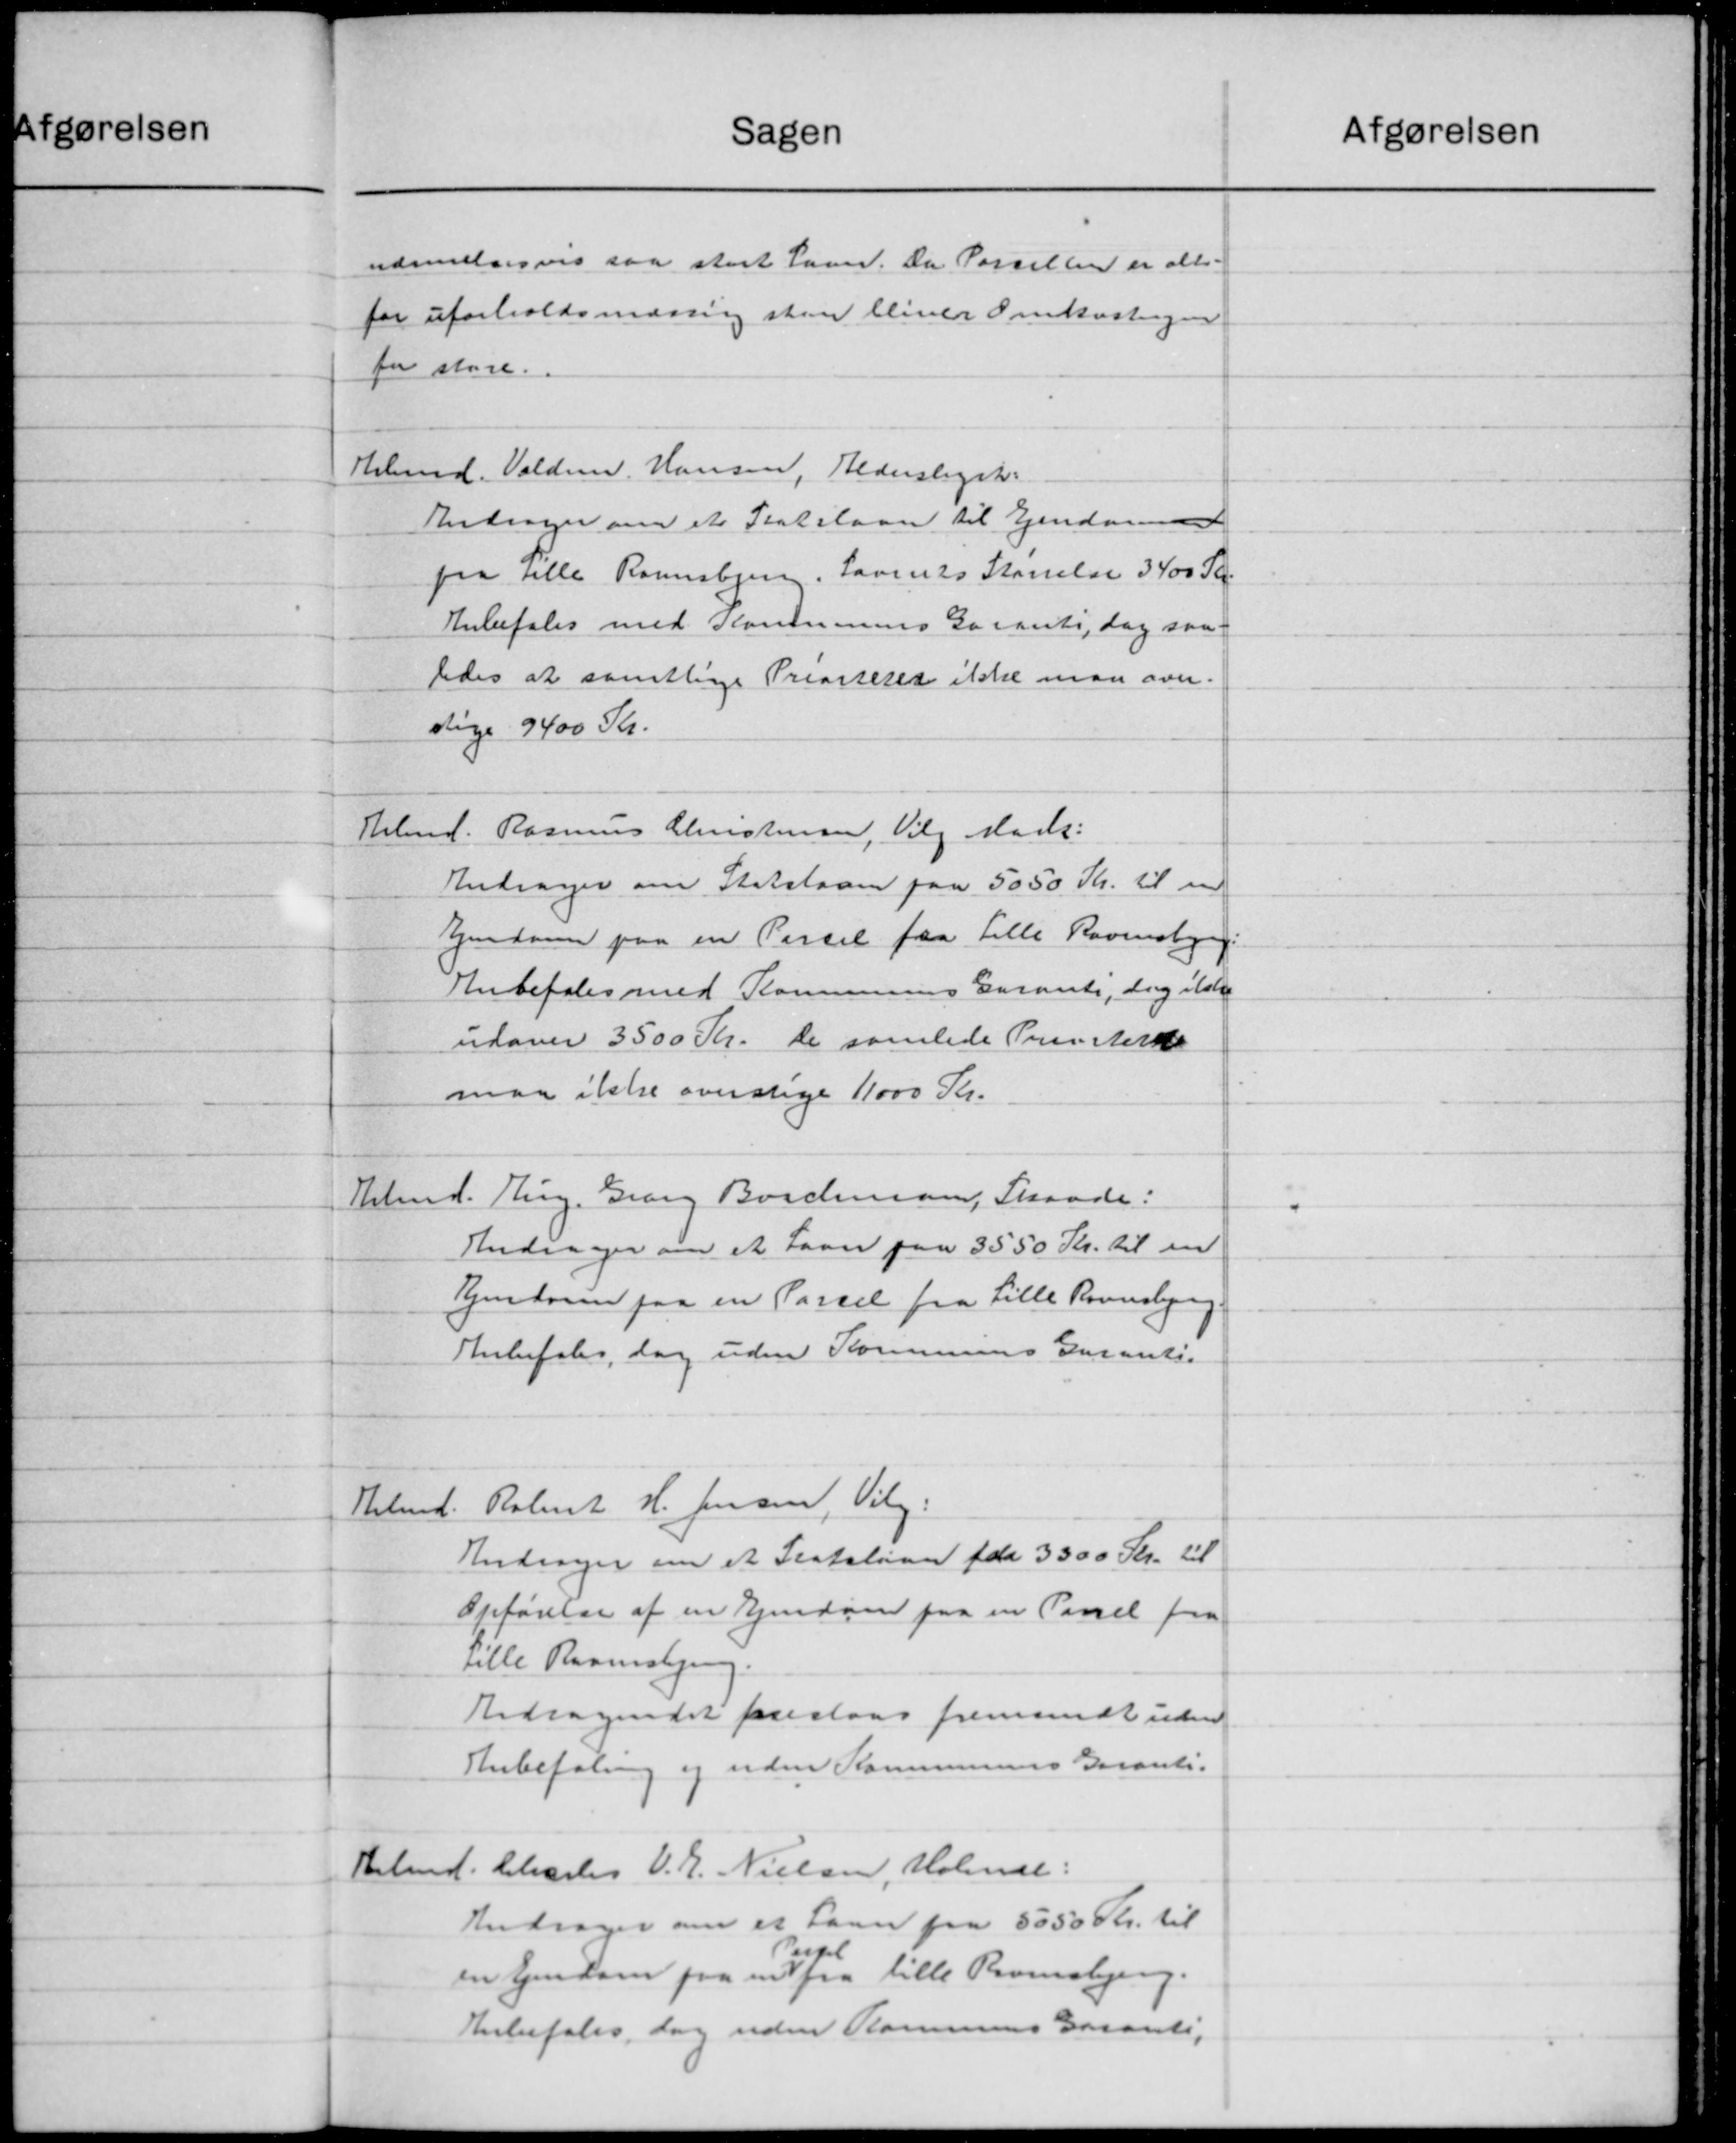
Transskription:
Sagen
nærmelsesvis saa stort Sam. Da Parsellen er alle-
for uforholdsmæssing sten bliver Omkostningen
for store.
Hebmd. Valdem. Hansen, Alderslyst.
Andrager om et Statslaan til Ejendom
paa alle Raunsbjerg. Lovens Størrelse 3400 Kr.
Anbefales med Kommunes Garante, dog saa
ledes at samtlige Presseret ikke man over-
dige 9400 Kr.
Hibmd. Rasmus Christensen, Valg Mads:
Andrager om Statslaan paa 5050 Kr. til en
Ejendom paa en Parsel fra Lille Ravnsberg:
Anbefales med Kommunens Eurante, dog ikke
udover 3500 Kr. de samlede Pris Ark
maa ikke overstige 11000 Kr.
Kbmd. Rung. Georg Borchmann, Skaade:
Andrager om et Laan paa 3550 Kr. til en
Ejendom paa en Parsel fra Lille Ravnsbjerg
Anbefales, dog uden Kommunens Garanti-
Rolent H. Jensen, Vilg.
Bebmd.
Andrager om et Statslaan fra 3300 Kr. til
Opførelse af en Ejendom paa en Parcel fra
rille Raunsbjerg
Adragendet foreslaas fremsendt uden
Anbefaling og uden Kommunens Garanti-
Arbmd. Charles V. E. Nielsen, Holmse:
Andrager om et Laan paa 5050 Kr. til
en Ejendom paa ind fra lille Bramsbjerg.
Anbefales, dog uden Kommunes Garanti,